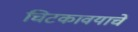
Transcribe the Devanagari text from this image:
चिटकावयाचे